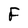
Character: F